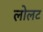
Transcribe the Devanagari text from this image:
लोलट